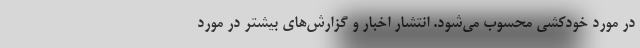
در مورد خودکشی محسوب می‌شود. انتشار اخبار و گزارش‌های بیشتر در مورد